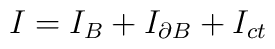
I=I_{B}+I_{\partial B}+I_{ct}